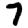
Digit: 7